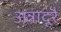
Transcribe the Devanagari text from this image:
अन्नादूरै